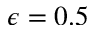
\epsilon = 0 . 5